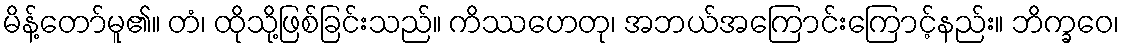
မိန့်တော်မူ၏။ တံ၊ ထိုသို့ဖြစ်ခြင်းသည်။ ကိဿဟေတု၊ အဘယ်အကြောင်းကြောင့်နည်း။ ဘိက္ခဝေ၊